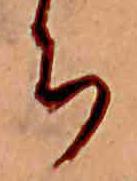
ち